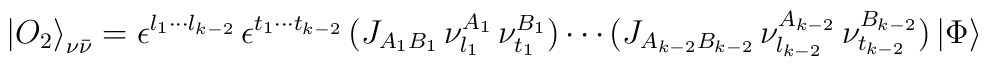
{\vert O_2 \rangle}_{\nu\bar\nu} =\epsilon^{l_1 \cdots l_{k-2}} \,\epsilon^{t_1 \cdots t_{k-2}} \, (J_{A_1B_1}\, \nu^{A_1}_{l_1} \,\nu^{B_1}_{t_1}) \cdots (J_{A_{k-2}B_{k-2}} \, \nu^{A_{k-2}}_{l_{k-2}}\, \nu^{B_{k-2}}_{t_{k-2}}) \, \vert\Phi\rangle